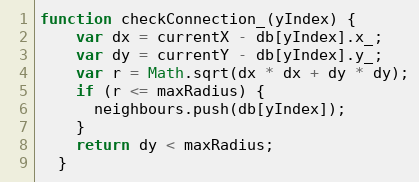
Language: JavaScript
function checkConnection_(yIndex) {
    var dx = currentX - db[yIndex].x_;
    var dy = currentY - db[yIndex].y_;
    var r = Math.sqrt(dx * dx + dy * dy);
    if (r <= maxRadius) {
      neighbours.push(db[yIndex]);
    }
    return dy < maxRadius;
  }